Papers set at the Examination for Leaving Certificates, 1889
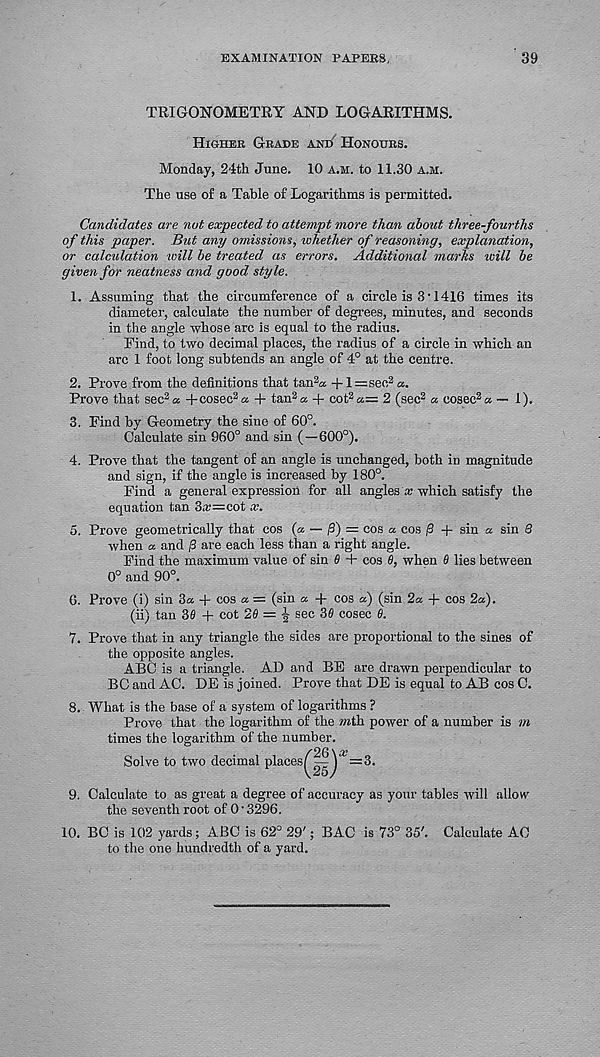
EXAMINATION PAPERS,
39
TRIGONOMETRY AND LOGARITHMS.
Higher Grade and Honours.
Monday, 24th June. 10 a.m. to 11.30 a.m.
The use of a Table of Logarithms is permitted.
Candidates are nut expected to attempt more than about three-fourths
of this paper. But any omissions, whether of reasoning, explanation,
or calculation will be treated as errors. Additional marks will be
given for neatness and good style.
1. Assuming that the circumference of a circle is 3'1416 times its
diameter, calculate the number of degrees, minutes, and seconds
in the angle whose arc is equal to the radius.
Find, to two decimal places, the radius of a circle in which an
arc 1 foot long subtends an angle of 4° at the centre.
2. Prove from the definitions that tan 2 a +1=see 2 a.
Prove that sec 3 ® + cosec 2 ® + tan 2 ® + cot 2 ®= 2 (sec 2 ® cosec 2 ® — 1).
3. Find by Geometry the sine of 60°.
Calculate sin 960° and sin (—600°).
4. Prove that the tangent of an angle is unchanged, both in magnitude
and sign, if the angle is increased by 180°.
Find a general expression for all angles x which satisfy the
equation tan 3*=cot x.
5. Prove geometrically that cos (® — /3) = cos ® cos /3 + sin ® sin 8
when ® and j3 are each less than a right angle.
Find the maximum value of sin 6 + cos 6, when 0 lies between
0° and 90°.
6. Prove (i) sin 3® + cos ® = (sin ® + cos ®) (sin 2® + cos 2®).
(ii) tan 36 + cot 20 = ^ sec 36 cosec 0.
7. Prove that in any triangle the sides are proportional to the sines of
the opposite angles.
ABC is a triangle. AD and BE are drawn perpendicular to
BC and AC. DE is joined. Prove that DE is equal to AB cos C.
8. What is the base of a system of logarithms ?
Prove that the logarithm of the mth power of a number is m
times the logarithm of the number.
Solve to two decimal places^H^^S.
9. Calculate to as great a degree of accuracy as your tables will allow
the seventh root of 0 • 3296.
10. BC is 102 yards; ABC is 62° 29'; BAG is 73° 35'. Calculate AC
to the one hundredth of a yard.